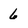
Character: 6